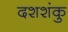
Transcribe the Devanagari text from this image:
दशशंकु